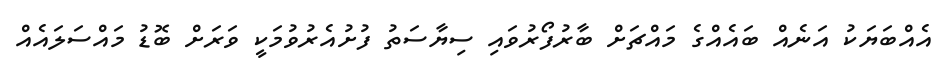
އެއްބަޔަކު އަނެއް ބައެއްގެ މައްޗަށް ބާރުފޯރުވައި ސިޔާސަތު ފުށުއެރުވުމަކީ ވަރަށް ބޮޑު މައްސަލައެއް